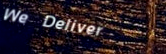
We Deliver